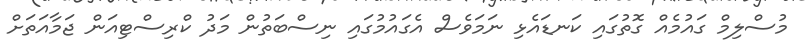
މުސްލިމް ގައުމެއް ގޮތުގައި ކަނޑައެޅި ނަމަވެސް އެގައުމުގައި ނިސްބަތުން މަދު ކްރިސްޓިއަން ޖަމާއަތަށް